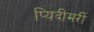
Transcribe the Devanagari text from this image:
प्यिदीमर्री